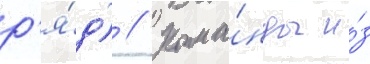
р'я́д) // Кома́нды и́з